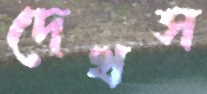
দেখস